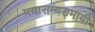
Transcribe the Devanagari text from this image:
मयासम्यङ्मायी